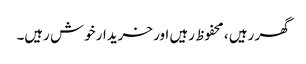
گھر رہیں ، محفوظ رہیں اور خریدار خوش رہیں۔